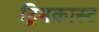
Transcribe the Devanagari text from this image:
ड्रिमकास्ट